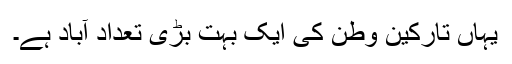
یہاں تارکینِ وطن کی ایک بہت بڑی تعداد آباد ہے۔